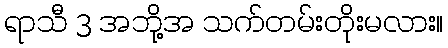
ရာသီ 3 အဘို့အ သက်တမ်းတိုးမလား။